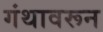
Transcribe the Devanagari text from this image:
गंथावरून